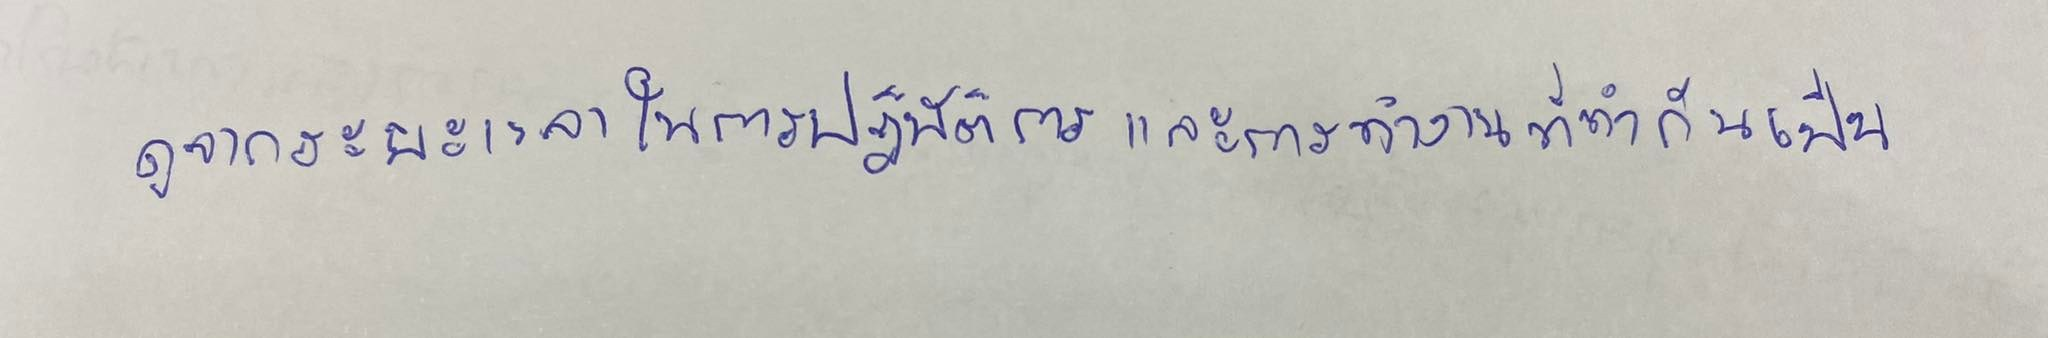
ดูจากระยะเวลาในการปฏิบัติการและการทำงานที่ทำกันเป็น